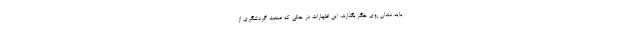
باید دندان روی جگر بگذارند. این اظهارات در حالی که صنعت گردشگری از